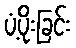
ပံ့ပိုးခြင်း